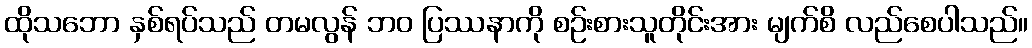
ထိုသဘော နှစ်ရပ်သည် တမလွန် ဘဝ ပြဿနာကို စဉ်းစားသူတိုင်းအား မျက်စိ လည်စေပါသည်။